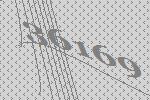
36169